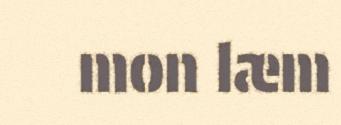
mon læm